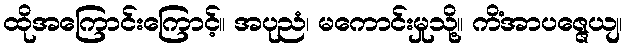
ထိုအကြောင်းကြောင့်။ အပုညံ၊ မကောင်းမှုသို့။ ကိံအာပဇ္ဇေယျ၊